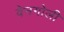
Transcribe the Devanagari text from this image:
वेनगोली